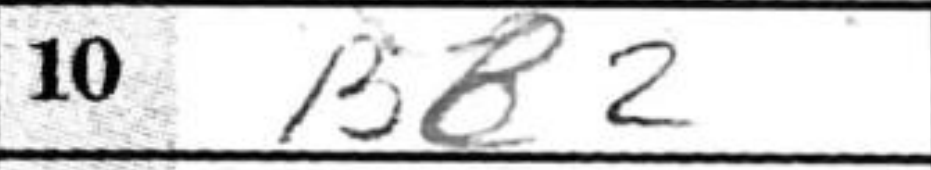
Transcription: Bb2